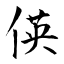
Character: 偀